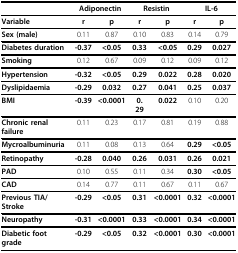
|  | <COLSPAN=2> Adiponectin | <COLSPAN=2> Resistin | <COLSPAN=2> IL-6 |
 | --- | --- | --- | --- | --- | --- | --- |
 | Variable | r | p | r | p | r | p |
 | Sex (male) | 0.11 | 0.87 | 0.10 | 0.83 | 0.14 | 0.79 |
 | Diabetes duration | -0.37 | <0.05 | 0.33 | <0.05 | 0.29 | 0.027 |
 | Smoking | 0.12 | 0.67 | 0.09 | 0.12 | 0.09 | 0.12 |
 | Hypertension | -0.32 | <0.05 | 0.29 | 0.022 | 0.28 | 0.020 |
 | Dyslipidaemia | -0.29 | 0.032 | 0.27 | 0.041 | 0.25 | 0.037 |
 | BMI | -0.39 | <0.0001 | 0. 29 | 0.022 | 0.10 | 0.20 |
 | Chronic renal failure | 0.11 | 0.23 | 0.17 | 0.81 | 0.19 | 0.88 |
 | Mycroalbuminuria | 0.11 | 0.08 | 0.13 | 0.64 | 0.29 | <0.05 |
 | Retinopathy | -0.28 | 0.040 | 0.26 | 0.031 | 0.26 | 0.021 |
 | PAD | 0.10 | 0.55 | 0.11 | 0.34 | 0.30 | <0.05 |
 | CAD | 0.14 | 0.77 | 0.11 | 0.67 | 0.11 | 0.67 |
 | Previous TIA/Stroke | -0.29 | <0.05 | 0.31 | <0.0001 | 0.32 | <0.0001 |
 | Neuropathy | -0.31 | <0.0001 | 0.33 | <0.0001 | 0.34 | <0.0001 |
 | Diabetic foot grade | -0.29 | <0.05 | 0.32 | <0.0001 | 0.30 | <0.0001 |